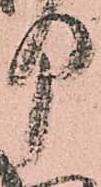
部